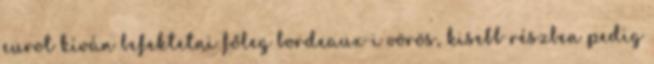
eurot kíván befektetni főleg bordeaux-i vörös, kisebb részben pedig